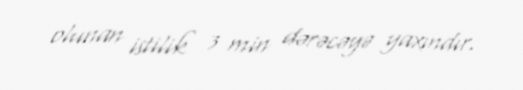
olunan istilik 3 min dərəcəyə yaxındır.